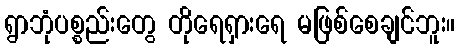
ရွာဘုံပစ္စည်းတွေ တိုရေရှားရေ မဖြစ်စေချင်ဘူး။